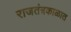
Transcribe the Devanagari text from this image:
राजतंत्रकाळात